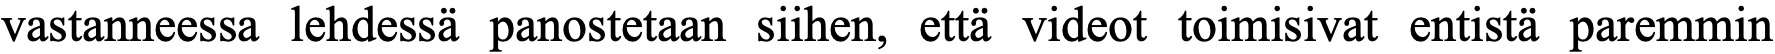
vastanneessa lehdessä panostetaan siihen, että videot toimisivat entistä paremmin